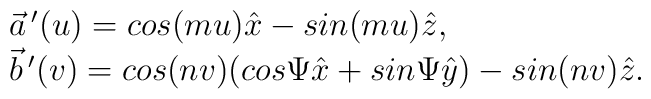
\begin{array}{l}\vec{a}\,'(u) = cos(mu)\hat{x} - sin(mu)\hat{z}, \\\vec{b}\,'(v) = cos(nv)(cos\Psi \hat{x}+sin\Psi \hat{y})	-sin(nv)\hat{z}.\end{array}